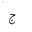
Letter: _gim